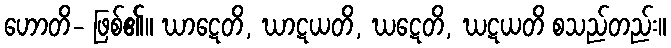
ဟောတိ- ဖြစ်၏။ ဃာဋေတိ, ဃာဋယတိ, ဃဋေတိ, ဃဋယတိ စသည်တည်း။